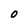
Character: O